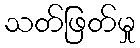
သတ်ဖြတ်မှု